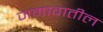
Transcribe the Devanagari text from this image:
जमावातील